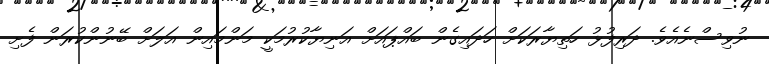
ނުވިސްނެއެވެ. ދަރިފުޅު ހަތިޔާރަކަށް ހަދައިގެން ބައްޕައަށް އަނިޔާކުރުމަކީ މަންމައިން އަލަށް ބޭނުންކުރަން ފެށި